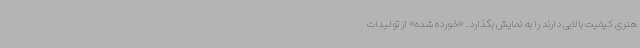
هنری کیفیت بالایی دارند را به نمایش بگذارد. «خورده شده» از تولیدات